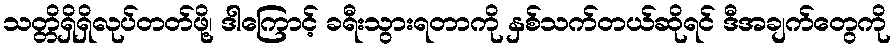
သတ္တိရှိရှိလုပ်တတ်ဖို့၊ ဒါကြောင့် ခရီးသွားရတာကို နှစ်သက်တယ်ဆိုရင် ဒီအချက်တွေကို